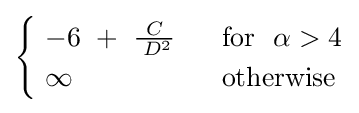
{\begin{cases}\ -6\ +\ {\frac {\ C\ }{\;D^{2}}}~~&{\text{for }}~\alpha >4\\\ \infty &{\text{otherwise}}\end{cases}}